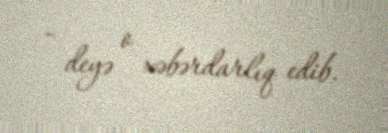
- deyə o xəbərdarlıq edib.